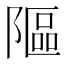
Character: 䧢